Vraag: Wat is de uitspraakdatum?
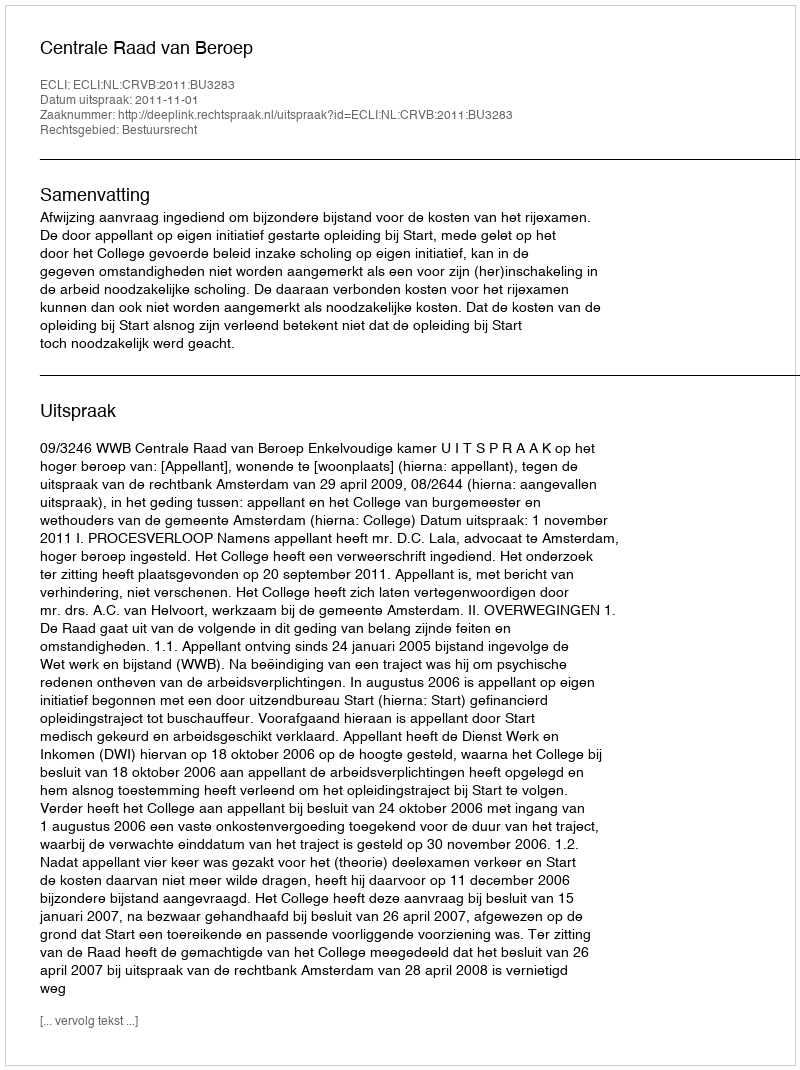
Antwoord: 2011-11-01